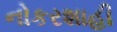
નોકરશાહી